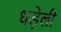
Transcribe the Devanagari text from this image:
धड़ेली